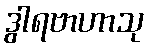
ဒွါရဗာဟာသု